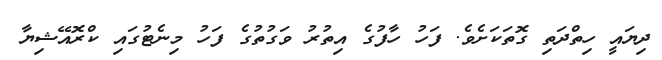
ދިޔައީ ހިތްދަތި ގޮތަކަށެވެ. ފަހު ހާފުގެ އިތުރު ވަގުތުގެ ފަހު މިނެޓުގައި ކްރޮއޭޝިޔާ